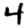
Digit: 4